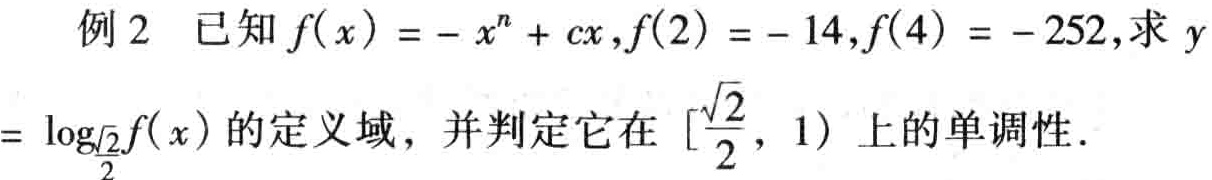
例 2 已知$f(x)=-x^{n}+cx,f(2)=-14,f(4)=-252$,求$y = \log_{\frac{\sqrt{2}}{2}}f(x)$的定义域，并判定它在$[\frac{\sqrt{2}}{2},1)$上的单调性.